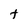
Character: t